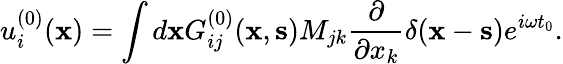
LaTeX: u_{i}^{(0)}({\mathbf x})=\int d{\mathbf x}G_{ij}^{(0)}({\mathbf x},{\mathbf s})M_{jk}\frac{\partial}{\partial x_{k}}\delta({\mathbf x}-{\mathbf s})e^{i\omega t_{0}}.